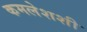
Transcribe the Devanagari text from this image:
कमलेशशी